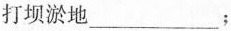
打坝淤地___；